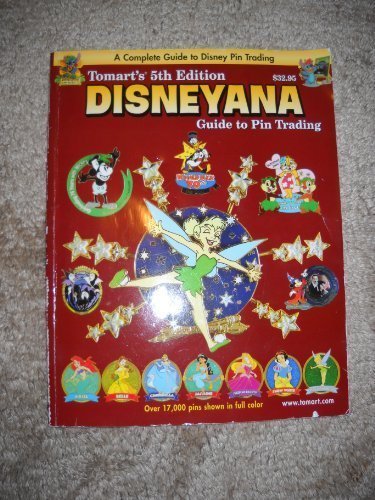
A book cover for Tomart's 5th Edition Disneyana Guide to Pin Trading; Tom Tumbusch; Crafts, Hobbies & Home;